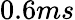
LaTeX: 0.6ms